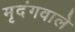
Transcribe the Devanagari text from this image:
मृदंगवाले